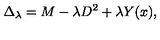
\Delta _ { \lambda } = M - \lambda D ^ { 2 } + \lambda Y ( x ) ,